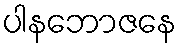
ပါနဘောဇနေ